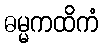
ဓမ္မကထိကံ